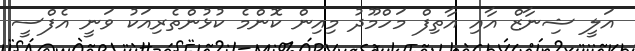
އަލީ ޝިނާޒް އާއި އާތިފް މަހްމޫދު މިއިން ކޮންމެ ކުޅުންތެރިއަކު ވަނީ އެފްސީ